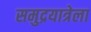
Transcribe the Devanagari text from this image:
समुद्रयात्रेला